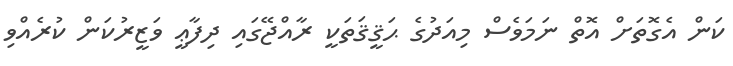
ކަން އެގޮތަށް އޮތް ނަމަވެސް މިއަދުގެ ޙަޤީޤަތަކީ ރާއްޖޭގައި ދިފާޢީ ވަޒީރުކަން ކުރެއްވި